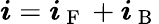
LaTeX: \boldsymbol{i}=\boldsymbol{i}_{\mathrm{~F~}}+\boldsymbol{i}_{\mathrm{~B~}}